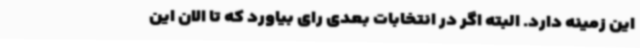
این زمینه دارد. البته اگر در انتخابات بعدی رای بیاورد که تا الان این